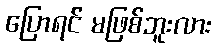
ပြောရင် မဖြစ်ဘူးလား